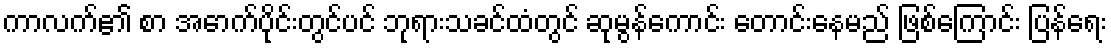
ကာလက်၏ စာ အောက်ပိုင်းတွင်ပင် ဘုရားသခင်ထံတွင် ဆုမွန်ကောင်း တောင်းနေမည် ဖြစ်ကြောင်း ပြန်ရေး